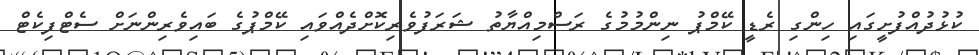
ކުޅުދުއްފުށީގައި ހިންގި ރެޑީ ކޭމްޕު ނިންމުމުގެ ރަސްމިއްޔާތު ޝަރަފުވެރިކޮށްދެއްވައި ކޭމްޕުގެ ބައިވެރިންނަށް ސެޓްފިކެޓް